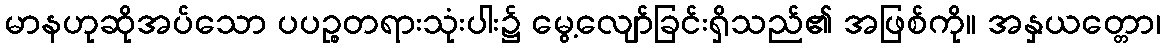
မာနဟုဆိုအပ်သော ပပဉ္စတရားသုံးပါး၌ မွေ့လျော်ခြင်းရှိသည်၏ အဖြစ်ကို။ အနှယတ္တော၊